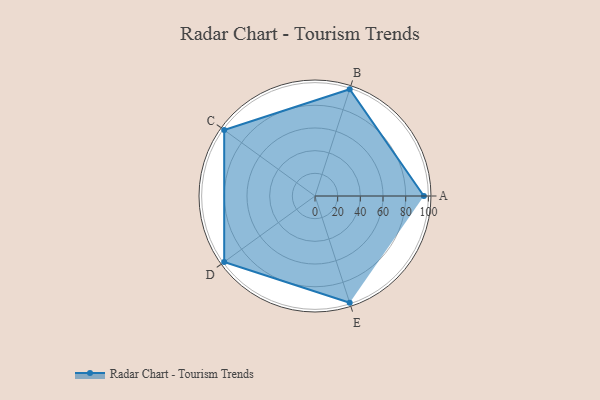
{"axis": {"x": "Skill", "y": "Score"}, "legend": ["Profile"], "data": [{"x": "A", "y": 96.0, "type": "Profile"}, {"x": "B", "y": 99, "type": "Profile"}, {"x": "C", "y": 99, "type": "Profile"}, {"x": "D", "y": 99, "type": "Profile"}, {"x": "E", "y": 99, "type": "Profile"}]}